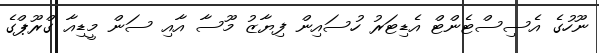
ނޫހުގެ އެސިސްޓެންޓް އެޑިޓަރު ހުސައިން ފިޔާޒު މޫސާ އާއި ސަން މީޑިއާ ގްރޫޕްގެ